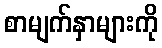
စာမျက်နှာများကို